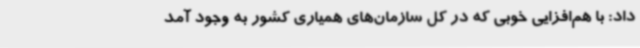
داد: با هم‌افزایی خوبی که در کل سازمان‌های همیاری کشور به وجود آمد